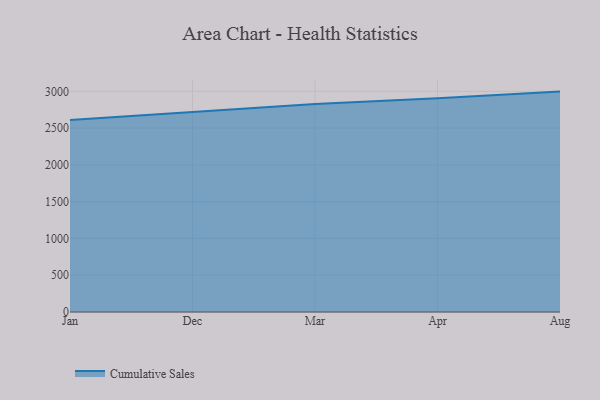
{"axis": {"x": "Month", "y": "Humidity (%)"}, "legend": ["Cumulative Sales"], "data": [{"x": "Jan", "y": 2609.9, "type": "Cumulative Sales"}, {"x": "Dec", "y": 2723.6, "type": "Cumulative Sales"}, {"x": "Mar", "y": 2827.8, "type": "Cumulative Sales"}, {"x": "Apr", "y": 2905.6, "type": "Cumulative Sales"}, {"x": "Aug", "y": 2996.7, "type": "Cumulative Sales"}]}